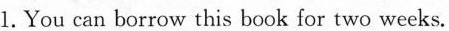
1. You can borrow this book for two weeks.